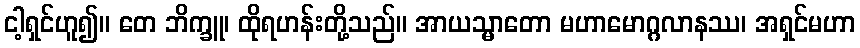
ငါ့ရှင်ဟူ၍။ တေ ဘိက္ခူ၊ ထိုရဟန်းတို့သည်။ အာယသ္မာတော မဟာမောဂ္ဂလာနဿ၊ အရှင်မဟာ